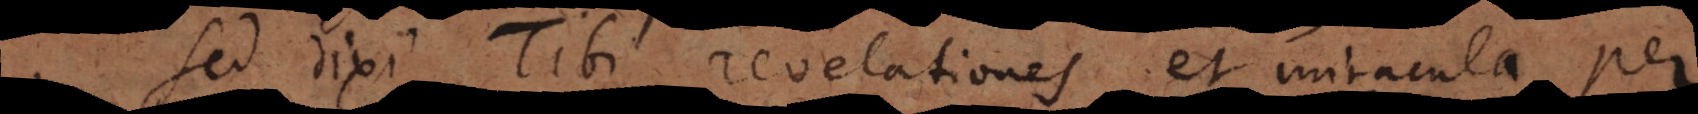
Sed dixi Tibi revelationes et miracula per